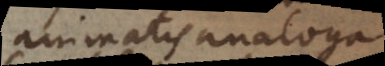
animatis analoga